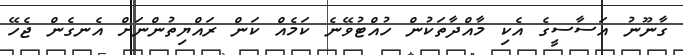
ގާނޫނު އަސާސީގެ އެކި މާއްދާތަކުން ހުއްޓުވޭނެ ކަމެއް ކަން ރައްޔިތުންނަށް އެނގެން ޖެހޭ